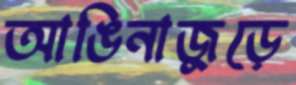
আঙিনাজুড়ে